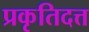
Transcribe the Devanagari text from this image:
प्रकृतिदत्त